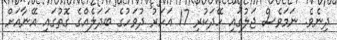
ދިނެވެ. ނަމަވެސް ޖަލުގައި ހޭދަކުރި 17 އަހަރު ދުވަހުގެ ބަދަލެއްގެ ގޮތުގައި އޭނާއަށް